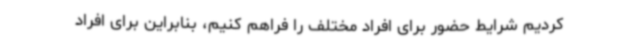
کردیم شرایط حضور برای افراد مختلف را فراهم کنیم، بنابراین برای افراد